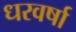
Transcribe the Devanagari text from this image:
धरवर्षा